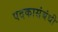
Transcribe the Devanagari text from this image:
पदकासंबंधी